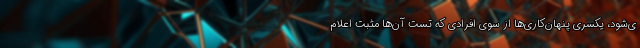
ی‌شود، یکسری پنهان‌کاری‌ها از سوی افرادی که تست آن‌ها مثبت اعلام